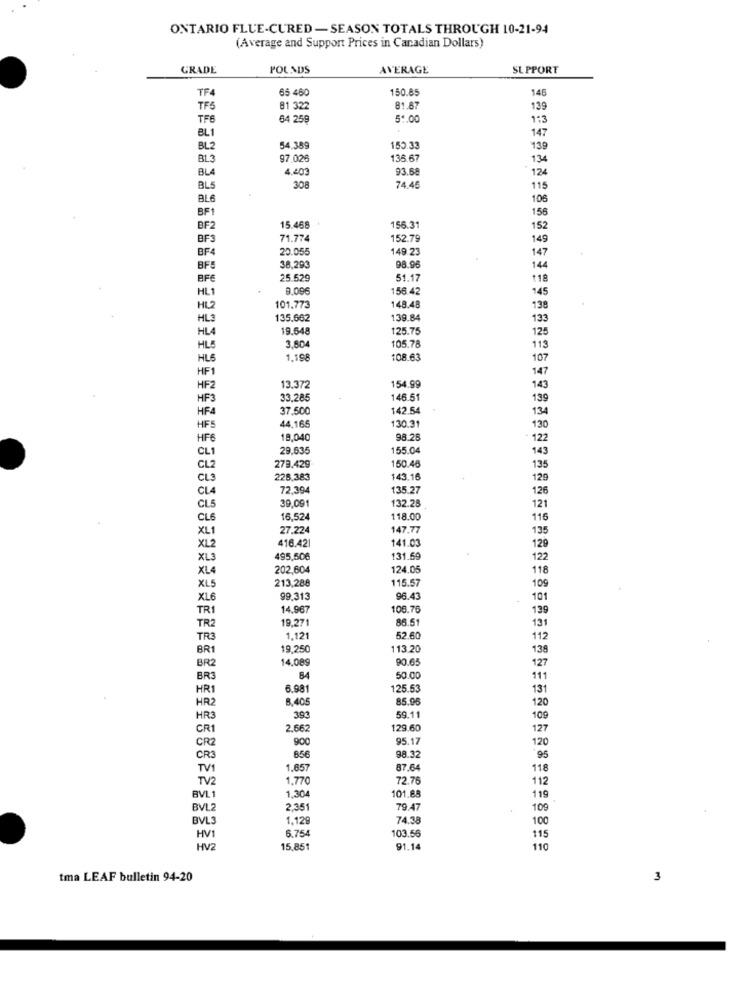
ONTARIO FLUE-CURED - SEASON TOTALS THROUGH 10-21-94
(Average and Support Prices in Canadian Dollars)
GRADE
POUNDS
AVERAGE
SUPPORT
TF4
65 460
150.85
146
TF5
81 322
81.87
139
TF6
64 259
51.00
1:3
BL1
147
BL2
54.389
150.33
139
BL3
97.026
135.67
134
BLA
4.403
93.68
124
BL5
308
74.45
115
BL6
106
BF1
156
BF2
15.468
156.31
152
BF3
71.774
152.79
149
BF4
20.055
149 23
147
BFS
38,293
98.90
144
BF€
25.529
51.17
118
9.09€
156.42
145
HL1
HL 2
101.773
148.48
138
HL3
135.662
139.84
133
HLA
19.548
125.75
125
3.804
105.78
HLS
113
HL6
1.19
108.63
107
147
HF1
HF2
13.372
154.99
143
HF3
33.285
146.51
139
HF4
37.500
142.54
134
130.31
HFS
44.165
130
HF6
18,040
98.26
122
CL1
29,635
155.04
143
135
CL2
279.429
150.46
CL3
228,383
143.16
129
CLA
72.394
135.27
126
39.09
132.28
CL5
121
CL6
16,524
118.00
116
XL1
27.224
147.77
135
416.421
141.03
XL2
XL3
495,506
131.69
122
XL4
202,604
124.05
118
213,288
115.57
109
XL5
XL6
99.313
96.43
101
TR1
14.967
108.76
139
TR2
19,271
86.51
131
TR3
1,121
52.60
112
BRI
19,250
113.20
138
BR2
14.089
90.6
127
BR3
84
50.00
111
HR1
6.981
125.53
131
HR2
8.405
85.96
120
HR3
393
59.11
109
CR1
2.662
129.60
127
CR2
900
95.17
120
CR3
856
98.32
95
TV1
1.657
87.64
118
TV2
1.770
72.76
112
1,304
101.85
BVL
119
BVL2
2.351
79.47
109
BVL3
1,12
74.38
100
6.754
103.56
HV1
115
HV2
15,851
91.14
110
tma LEAF bulletin 94-20
3